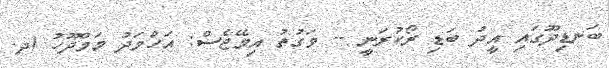
ބަނޑިދޫގައި އީދު ބަޑި ރޯކުރަނީ -- ވަގުތު އިމޭޖެސް: އަހްމަދު މަމްދޫހު (ދ.